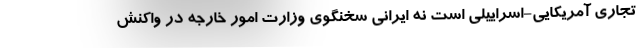
تجاری آمریکایی-اسراییلی است نه ایرانی سخنگوی وزارت امور خارجه در واکنش